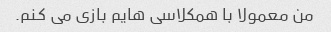
من معمولا با همکلاسی هایم بازی می کنم.